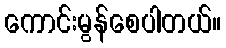
ကောင်းမွန်စေပါတယ်။